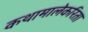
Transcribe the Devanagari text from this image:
कथामालेकरिता